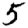
Digit: 5